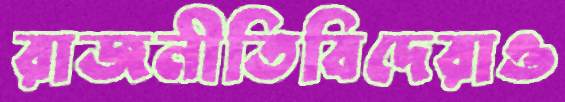
রাজনীতিবিদেরাও